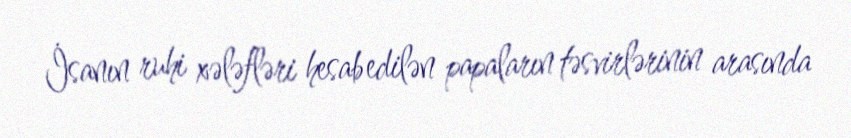
İsanın ruhi xələfləri hesab edilən papaların təsvirlərinin arasında